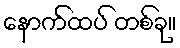
နောက်ထပ် တစ်ခု။